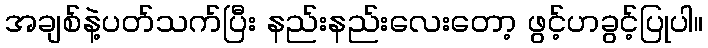
အချစ်နဲ့ပတ်သက်ပြီး နည်းနည်းလေးတော့ ဖွင့်ဟခွင့်ပြုပါ။